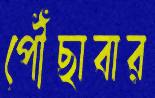
পৌঁছাবার